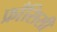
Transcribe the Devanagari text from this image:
फ्राँसिसी